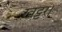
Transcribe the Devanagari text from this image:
खट्टर।